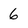
Character: 6